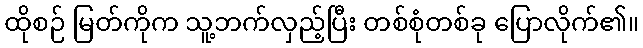
ထိုစဉ် မြတ်ကိုက သူ့ဘက်လှည့်ပြီး တစ်စုံတစ်ခု ပြောလိုက်၏။